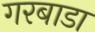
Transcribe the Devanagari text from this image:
गरबाडा